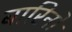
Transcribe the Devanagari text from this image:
बारिनो